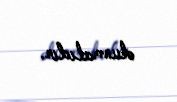
olunmalıdır.